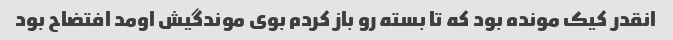
انقدر کیک مونده بود که تا بسته رو باز کردم بوی موندگیش اومد افتضاح بود